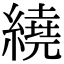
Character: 繞